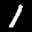
Label: 1